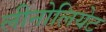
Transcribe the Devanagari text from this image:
लीनोलियेट